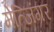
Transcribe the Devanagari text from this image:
मेत्जिंगर